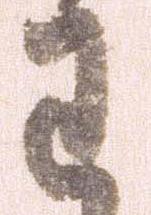
わ